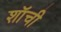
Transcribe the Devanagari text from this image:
शॉची